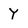
Character: Y